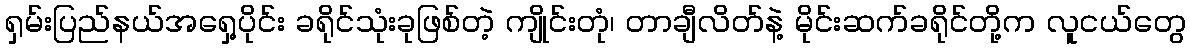
ရှမ်းပြည်နယ်အရှေ့ပိုင်း ခရိုင်သုံးခုဖြစ်တဲ့ ကျိုင်းတုံ၊ တာချီလိတ်နဲ့ မိုင်းဆက်ခရိုင်တို့က လူငယ်တွေ